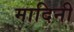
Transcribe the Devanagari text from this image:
मादिनी